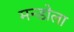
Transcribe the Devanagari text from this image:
मन्डोला